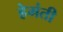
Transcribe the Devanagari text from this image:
हेमंती